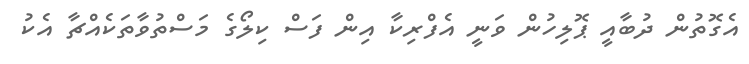
އެގޮތުން ދުބާއީ ޕޮލިހުން ވަނީ އެފްރިކާ އިން ފަސް ކިލޯގެ މަސްތުވާތަކެއްޗާ އެކު